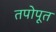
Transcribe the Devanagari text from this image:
तपोपूत